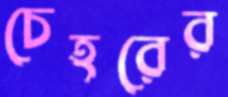
চেহরের